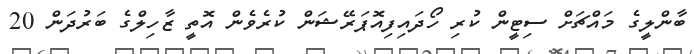
ބާންލީގެ މައްޗަށް ސިޓީން ކުރި ހޯދައިފިއޮޕަރޭޝަން ކުރެވެން އޮތީ ޒާހިލްގެ ބަރުދަން 20